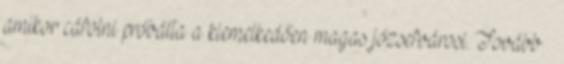
amikor cáfolni próbálta a kiemelkedően magas józsefvárosi. Tovább ›